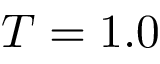
T = 1 . 0